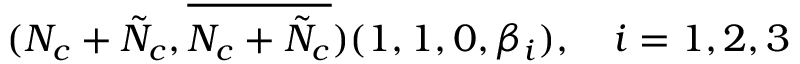
( N _ { c } + \tilde { N } _ { c } , \overline { { { N _ { c } + \tilde { N } _ { c } } } } ) ( 1 , 1 , 0 , \beta _ { i } ) , \ \ \ i = 1 , 2 , 3